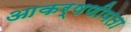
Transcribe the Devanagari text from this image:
आकर्षणीयता